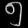
Digit: ၅